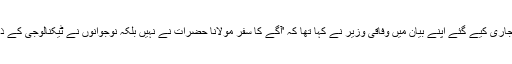
سوشل میڈیا پر جاری کیے گئے اپنے بیان میں وفاقی وزیر نے کہا تھا کہ 'آگے کا سفر مولانا حضرات نے نہیں بلکہ نوجوانوں نے ٹیکنالوجی کے ذریعے کرنا ہے۔